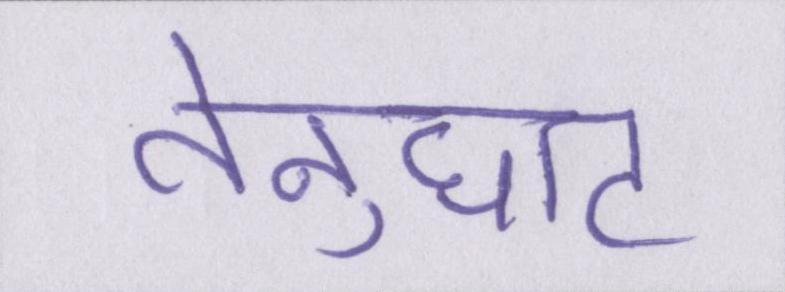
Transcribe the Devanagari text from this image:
तेनुघाट